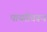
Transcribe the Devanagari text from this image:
पायरीवरून